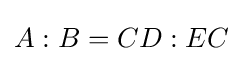
A:B=CD:EC